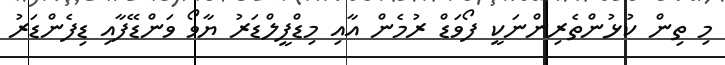
މި ތިން ކުޅުންތެރިންނަކީ ފޯވަޑް ރުމެން އާއި މިޑްފީލްޑަރު ޔާވޯ ވަންޑޭފާއި ޑިފެންޑަރު